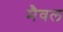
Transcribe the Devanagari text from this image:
मैवल